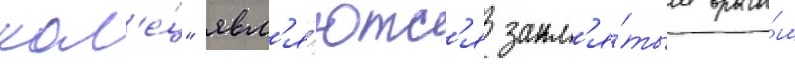
кол'е́ц" явл'я́ютс'я закл'я́тым враго́м